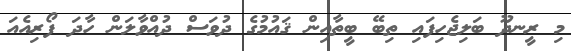
މި ރީނދޫ ބަލިޖެހިފައި ތިބޭ ބީތާއިން ޤައުމުގެ ދުވަސް ދުއްވާލަން ހާދަ ފޯރިއެއަ